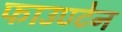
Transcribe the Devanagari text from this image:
फाउण्टेन